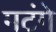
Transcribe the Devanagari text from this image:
मटंगे